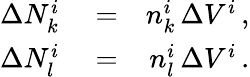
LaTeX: \begin{array}{rlr}{\Delta N_{k}^{i}}&{{}=}&{n_{k}^{i}\, \Delta V^{i}\, ,}\\ {\Delta N_{l}^{i}}&{{}=}&{n_{l}^{i}\, \Delta V^{i}\, .}\end{array}